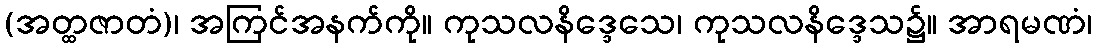
(အတ္ထဇာတံ)၊ အကြင်အနက်ကို။ ကုသလနိဒ္ဒေသေ၊ ကုသလနိဒ္ဒေသ၌။ အာရမဏံ၊